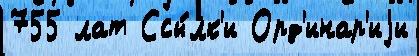
755 лат Ссы́лк'и Орд'инар'иjи